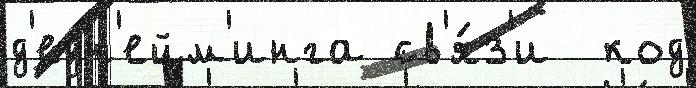
д'едн'ейм'инга св'я́з'и  код